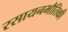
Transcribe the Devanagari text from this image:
रसायनभौतिकी